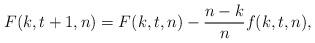
LaTeX: \begin{align*}F(k,t+1,n) = F(k,t,n) - \frac{n-k}{n} f(k,t,n),\end{align*}